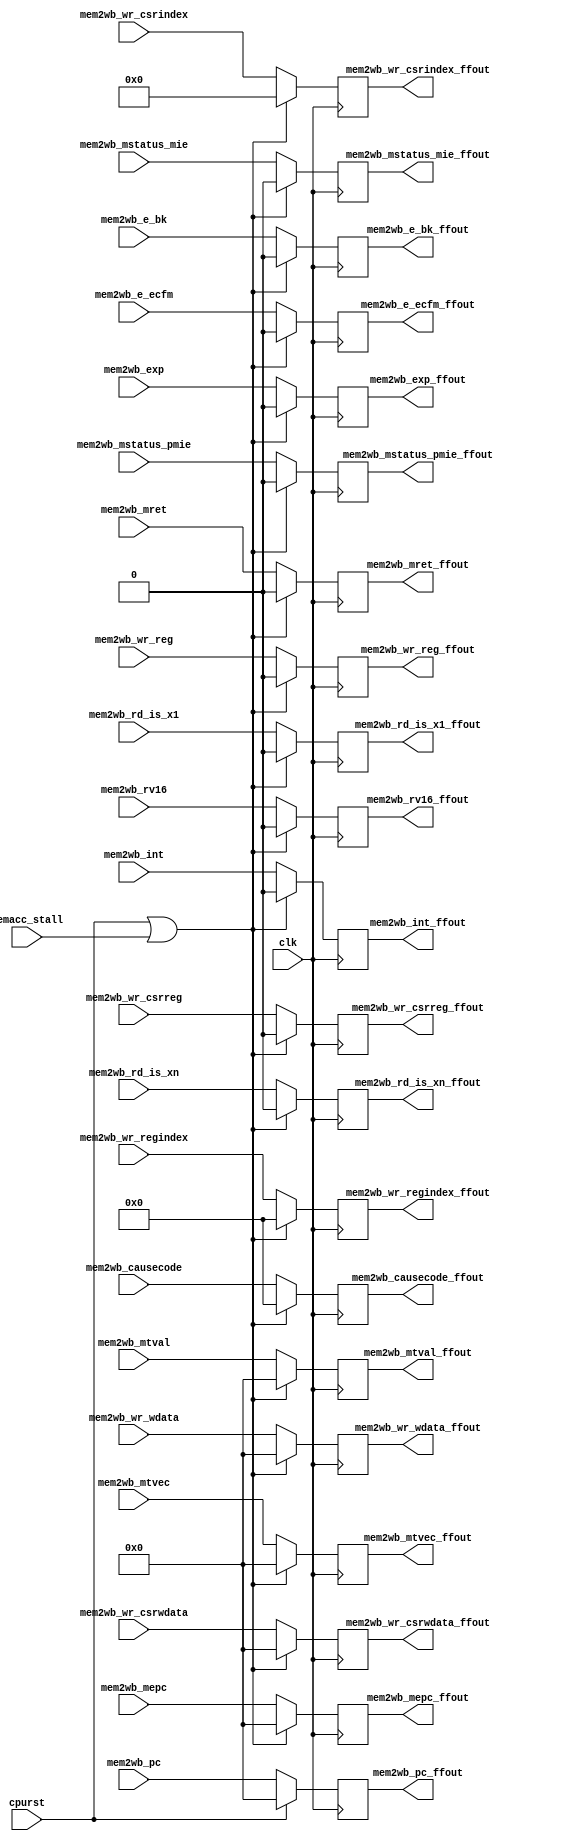
module mem_wb(
clk, cpurst,
memacc_stall,
//mem_stall, readram_stall, exe_store_load_conflict,  interrupt,
mem2wb_rd_is_x1,
mem2wb_rd_is_xn,
mem2wb_wr_reg,
mem2wb_wr_regindex,
mem2wb_wr_wdata,
mem2wb_pc,
mem2wb_exp,
mem2wb_int,
mem2wb_wr_csrreg   ,
mem2wb_wr_csrindex ,
mem2wb_wr_csrwdata ,
mem2wb_mret,
mem2wb_e_ecfm,
mem2wb_e_bk,
mem2wb_mstatus_pmie,
mem2wb_mstatus_mie ,
mem2wb_mtvec       ,
mem2wb_mepc        ,
mem2wb_causecode  ,
mem2wb_mtval,
mem2wb_rv16,

mem2wb_wr_reg_ffout,
mem2wb_wr_regindex_ffout,
mem2wb_wr_wdata_ffout,
mem2wb_rd_is_x1_ffout,
mem2wb_rd_is_xn_ffout,
mem2wb_pc_ffout,
mem2wb_exp_ffout,
mem2wb_int_ffout,
mem2wb_wr_csrreg_ffout   ,
mem2wb_wr_csrindex_ffout ,
mem2wb_wr_csrwdata_ffout ,
mem2wb_mret_ffout,
mem2wb_e_ecfm_ffout,
mem2wb_e_bk_ffout,
mem2wb_mstatus_pmie_ffout,
mem2wb_mstatus_mie_ffout ,
mem2wb_mtvec_ffout       ,
mem2wb_mepc_ffout        ,
mem2wb_causecode_ffout  ,
mem2wb_mtval_ffout ,
mem2wb_rv16_ffout

);

input clk, cpurst;
input memacc_stall;
//input mem_stall, readram_stall, exe_store_load_conflict, interrupt;
input mem2wb_rd_is_x1;
input mem2wb_rd_is_xn;
input mem2wb_wr_reg;
input [4:0] mem2wb_wr_regindex;
input [31:0] mem2wb_wr_wdata;
input [31:0] mem2wb_pc;
input mem2wb_exp;
input mem2wb_int;
input mem2wb_wr_csrreg   ;
input [11:0] mem2wb_wr_csrindex ;
input [31:0] mem2wb_wr_csrwdata ;
input mem2wb_mret;
input mem2wb_e_ecfm;
input mem2wb_e_bk;
input mem2wb_mstatus_pmie;
input mem2wb_mstatus_mie; 
input [31:0] mem2wb_mtvec;       
input [31:0] mem2wb_mepc;        
input [4:0] mem2wb_causecode;   
input [31:0] mem2wb_mtval;       
input mem2wb_rv16;        

output mem2wb_wr_reg_ffout;
output [4:0] mem2wb_wr_regindex_ffout;
output [31:0] mem2wb_wr_wdata_ffout;
output mem2wb_rd_is_x1_ffout;
output mem2wb_rd_is_xn_ffout;
output [31:0] mem2wb_pc_ffout;
output mem2wb_exp_ffout;
output mem2wb_int_ffout;
output mem2wb_wr_csrreg_ffout   ;
output [11:0] mem2wb_wr_csrindex_ffout ;
output [31:0] mem2wb_wr_csrwdata_ffout ;
output mem2wb_mret_ffout;
output mem2wb_e_ecfm_ffout;
output mem2wb_e_bk_ffout;
output mem2wb_mstatus_pmie_ffout ; 
output mem2wb_mstatus_mie_ffout  ; 
output [31:0] mem2wb_mtvec_ffout        ; 
output [31:0] mem2wb_mepc_ffout         ; 
output [4:0] mem2wb_causecode_ffout    ; 
output [31:0] mem2wb_mtval_ffout        ; 
output mem2wb_rv16_ffout         ; 

reg mem2wb_wr_reg_ffout;
reg [4:0] mem2wb_wr_regindex_ffout;
reg [31:0] mem2wb_wr_wdata_ffout;
reg mem2wb_rd_is_x1_ffout;
reg mem2wb_rd_is_xn_ffout;
reg mem2wb_wr_csrreg_ffout   ;
reg [11:0] mem2wb_wr_csrindex_ffout ;
reg [31:0] mem2wb_wr_csrwdata_ffout ;
reg mem2wb_exp_ffout;
reg mem2wb_int_ffout;
reg mem2wb_mret_ffout;
reg mem2wb_e_ecfm_ffout;
reg mem2wb_e_bk_ffout;
reg mem2wb_mstatus_pmie_ffout ; 
reg mem2wb_mstatus_mie_ffout  ; 
reg [31:0] mem2wb_mtvec_ffout        ; 
reg [31:0] mem2wb_mepc_ffout         ; 
reg [4:0] mem2wb_causecode_ffout    ; 
reg [31:0] mem2wb_mtval_ffout        ; 
reg mem2wb_rv16_ffout         ; 


// there is no stall case : write back cannot be stall
always @(posedge clk)
begin
   if (cpurst ||
       memacc_stall
      )
    // (mem_stall==1 || readram_stall==1 || exe_store_load_conflict==1) ) //|| (mem2wb_exp_ffout || interrupt) )   /**< insert dummy NOP command to flush pipeline */
     begin

       //mem2wb_pc_ffout = mem2wb_pc;
       
       mem2wb_wr_reg_ffout <=  0;
       mem2wb_wr_regindex_ffout <= 0;
       mem2wb_wr_wdata_ffout <= 0;
       mem2wb_rd_is_x1_ffout <= 0;
       mem2wb_rd_is_xn_ffout <= 0;
       mem2wb_exp_ffout <= 0;
       mem2wb_int_ffout <= 0;
       mem2wb_wr_csrreg_ffout <= 0;
       mem2wb_wr_csrindex_ffout <= 0;
       mem2wb_wr_csrwdata_ffout <= 0;
       mem2wb_mret_ffout <= 0;
       mem2wb_e_ecfm_ffout <= 0;
       mem2wb_e_bk_ffout   <= 0;
       mem2wb_mstatus_pmie_ffout <= 0;
       mem2wb_mstatus_mie_ffout  <= 0;
       mem2wb_mtvec_ffout        <= 0;
       mem2wb_mepc_ffout         <= 0;
       mem2wb_causecode_ffout    <= 0;
       mem2wb_mtval_ffout        <= 0;
       mem2wb_rv16_ffout         <= 0;
     end
   else
     begin
       //mem2wb_pc_ffout = mem2wb_pc;
       mem2wb_wr_reg_ffout <=  mem2wb_wr_reg;
       mem2wb_wr_regindex_ffout <= mem2wb_wr_regindex;
       mem2wb_wr_wdata_ffout <= mem2wb_wr_wdata;
       mem2wb_rd_is_x1_ffout <= mem2wb_rd_is_x1;
       mem2wb_rd_is_xn_ffout <= mem2wb_rd_is_xn;
       mem2wb_exp_ffout <= mem2wb_exp;
       mem2wb_int_ffout <= mem2wb_int;
       mem2wb_wr_csrreg_ffout <= mem2wb_wr_csrreg;
       mem2wb_wr_csrindex_ffout <= mem2wb_wr_csrindex;
       mem2wb_wr_csrwdata_ffout <= mem2wb_wr_csrwdata;
       mem2wb_mret_ffout <= mem2wb_mret;
       mem2wb_e_ecfm_ffout <= mem2wb_e_ecfm;
       mem2wb_e_bk_ffout   <= mem2wb_e_bk;
       mem2wb_mstatus_pmie_ffout <= mem2wb_mstatus_pmie;
       mem2wb_mstatus_mie_ffout  <= mem2wb_mstatus_mie;
       mem2wb_mtvec_ffout        <= mem2wb_mtvec;
       mem2wb_mepc_ffout         <= mem2wb_mepc;
       mem2wb_causecode_ffout    <= mem2wb_causecode;
       mem2wb_mtval_ffout        <= mem2wb_mtval;
       mem2wb_rv16_ffout         <= mem2wb_rv16;
     end
end

reg [31:0] mem2wb_pc_ffout;
always @(posedge clk)
begin
   if (cpurst)
     mem2wb_pc_ffout <= 0;
   else
     mem2wb_pc_ffout <= mem2wb_pc;  
end     
endmodule